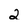
Character: 2